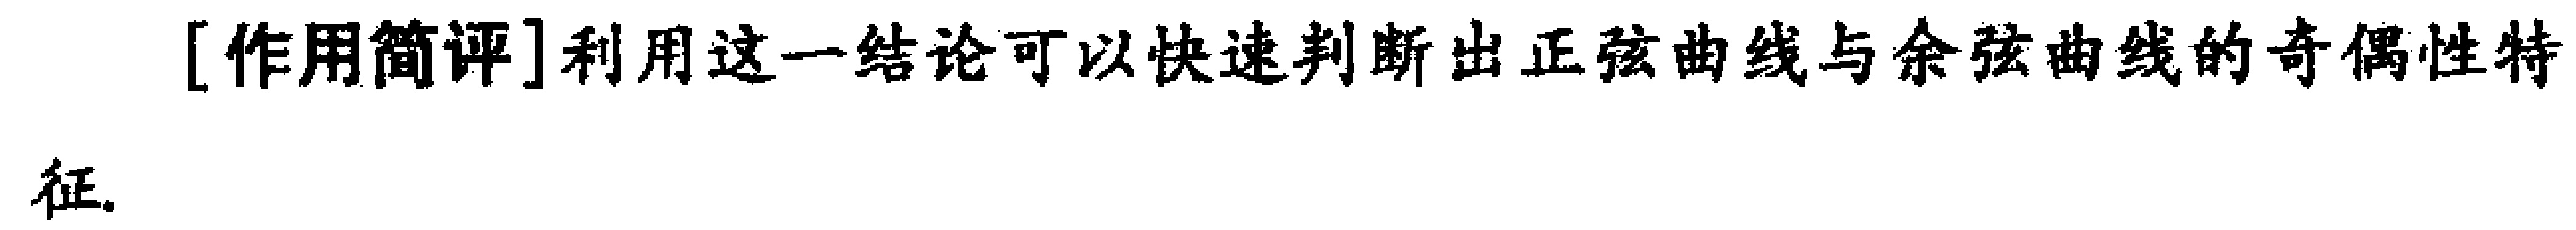
[作用简评]利用这一结论可以快速判断出正弦曲线与余弦曲线的奇偶性特\\征.